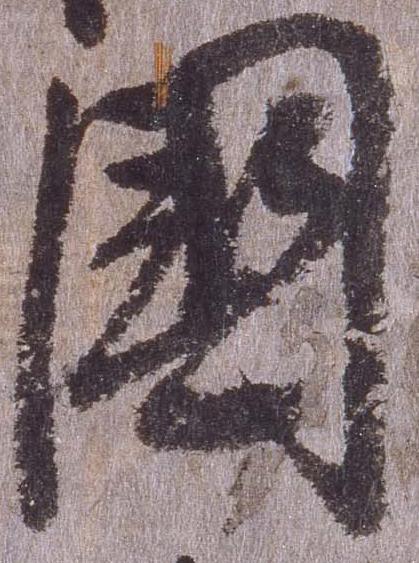
国